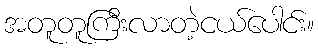
အတူတူကြီးလာတဲ့ငယ်ပေါင်း။